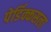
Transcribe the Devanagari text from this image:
पेर्डिक्कसला